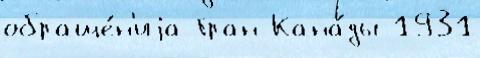
обраще́н'иjа Гран Кана́ды 1931